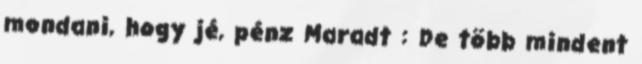
mondani, hogy jé, pénz Maradt : De több mindent